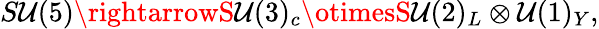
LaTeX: S\mathcal{U}(5)\rightarrowS\mathcal{U}(3)_{c}\otimesS\mathcal{U}(2)_{L}\otimes\mathcal{U}(1)_{Y},